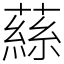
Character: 蕬